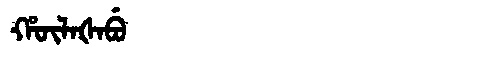
Manchu: ᡥᡡᠯᠠᡧᠠᠪᡠ
Romanization: HŪLAŠABU